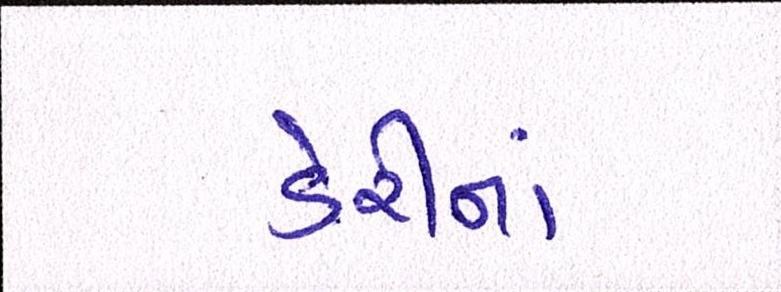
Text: ડેરીનાં